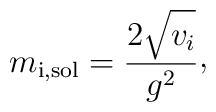
m_{\rm i,sol}= {2\sqrt{\mathstrut v_{i}}\over g^{2}}\raise 2pt\hbox{,}